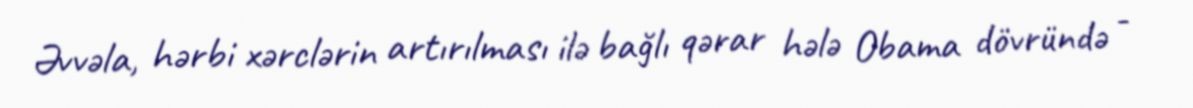
Əvvəla, hərbi xərclərin artırılması ilə bağlı qərar hələ Obama dövründə -